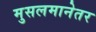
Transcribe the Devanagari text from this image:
मुसलमानेतर